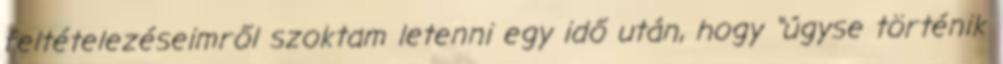
feltételezéseimről szoktam letenni egy idő után, hogy “úgyse történik